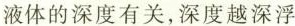
液体的深度有关，深度越深浮